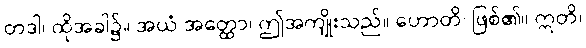
တဒါ၊ ထိုအခါ၌။ အယံ အတ္ထော၊ ဤအကျိုးသည်။ ဟောတိ၊ ဖြစ်၏။ ဣတိ၊